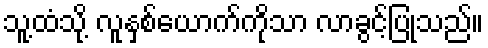
သူ့ထံသို့ လူနှစ်ယောက်ကိုသာ လာခွင့်ပြုသည်။